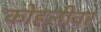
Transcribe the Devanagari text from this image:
कोहलीवर